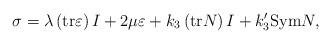
LaTeX: \begin{align*}\sigma =\lambda \left( \mathrm{tr}\varepsilon \right) I+2\mu \varepsilon+k_{3}\left( \mathrm{tr}N\right) I+k_{3}^{\prime }\mathrm{Sym}N, \end{align*}